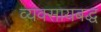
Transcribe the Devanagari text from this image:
व्यवसायबद्ध